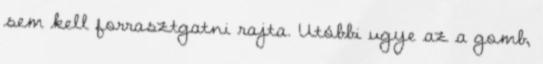
sem kell forrasztgatni rajta. Utóbbi ugye az a gomb,